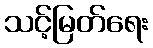
သင့်မြတ်ရေး